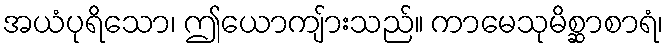
အယံပုရိသော၊ ဤယောကျ်ားသည်။ ကာမေသုမိစ္ဆာစာရံ၊